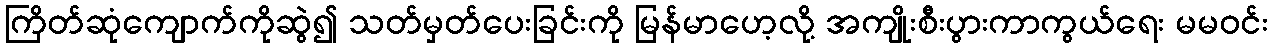
ကြိတ်ဆုံကျောက်ကိုဆွဲ၍ သတ်မှတ်ပေးခြင်းကို မြန်မာဟေ့လို့ အကျိုးစီးပွားကာကွယ်ရေး မမဝင်း